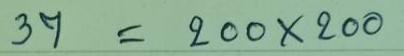
37 = 200 x 200